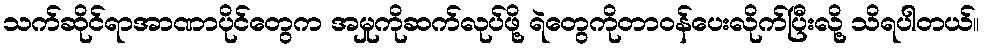
သက်ဆိုင်ရာအာဏာပိုင်တွေက အမှုကိုဆက်လုပ်ဖို့ ရဲတွေကိုတာဝန်ပေးလိုက်ပြီးလို့ သိရပါတယ်။